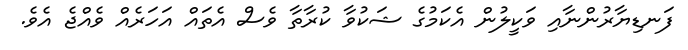
ފަނޑިޔާރުންނާއި ވަކީލުން އެކަމުގެ ޝަކުވާ ކުރާތާ ވެސް އެތައް އަހަރެއް ވެއްޖެ އެވެ.